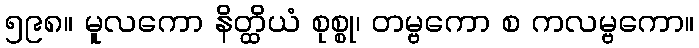
၅၉၈။ မူလကော နိတ္ထိယံ စုစ္စု၊ တမ္ဗကော စ ကလမ္ဗကော။